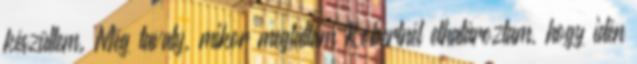
készültem. Még tavaly, mikor megláttam Robertnél elhatároztam, hogy idén